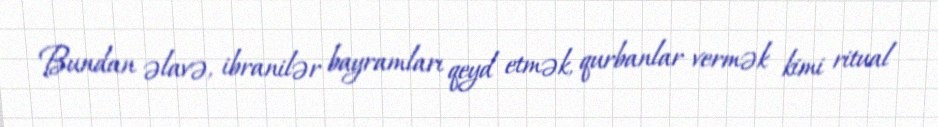
Bundan əlavə, ibranilər bayramları qeyd etmək, qurbanlar vermək kimi ritual